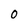
Character: 0